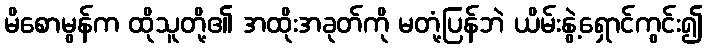
မိစောမွန်က ထိုသူတို့၏ အထိုးအခုတ်ကို မတုံ့ပြန်ဘဲ ယိမ်းနွဲ့ရှောင်ကွင်း၍